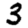
Digit: 3